Vaccination in Bombay 1869-1873 - 1869-1873
Year: 1869
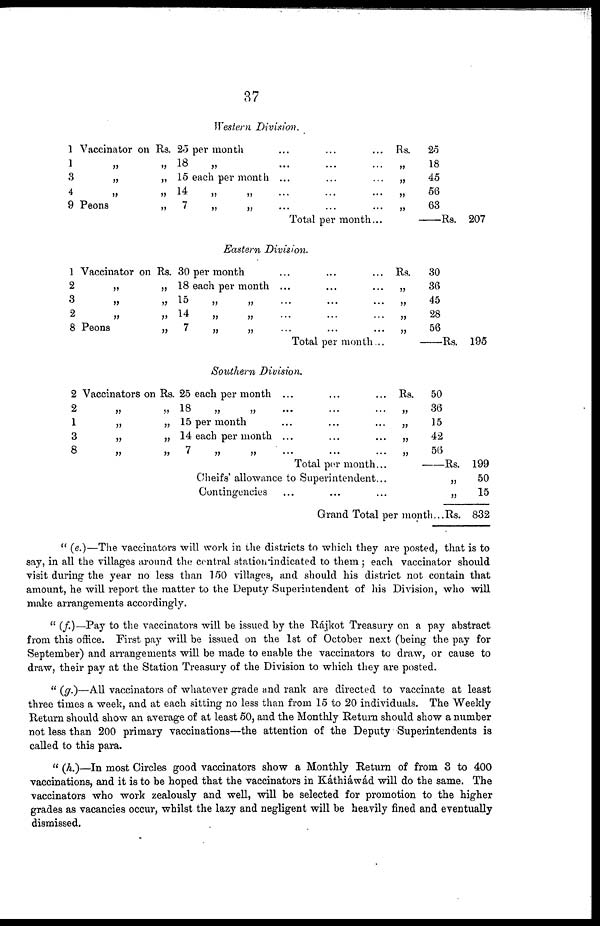
37
Western Division.
1
1
3
4
9
Vaccinator on Rs. 25 per month ... ... ...
„
„ 18
„ ... ... ...
„
„ 15 each per month ... ... ...
„ „ 14 „ „ ... ... ...
Peons
„
7
„
„ ... ... ...
Total per month...
Rs.
„
„
„
„
25
18
45
56
63
—Rs. 207
Eastern Division.
1
2
3
2
8
Vaccinator on Rs. 30 per month
„
„ 18 each per month
„
„ 15
„
„
„ „ 14 „
„
Peons
„
7
„
„
... ... ...
... ... ...
... ... ...
... ... ...
... ... ...
Total per month...
Rs.
„
„
„
„
30
36
45
28
56
—Rs.
195
Southern Division.
2
2
1
3
8
Vaccinators on Rs. 25 each per month ... ... ...
„
„ 18
„
„ ... ... ...
„
„ 15 per month ... ... ...
„
„ 14 each per month ... ... ...
„ „ 7 „ „ ... ... ...
Total per month...
Cheifs' allowance to Superintendent...
Contingencies ... ... ...
Grand Total per month ...
Rs.
„
„
„
„
50
36
15
42
56
—Rs.
„
„
Rs.
199
50
15
832
" (e.)—The vaccinators will work in the districts to which they are posted, that is to
say, in all the villages around the central station indicated to them ; each vaccinator should
visit during the year no less than 150 villages, and should his district not contain that
amount, he will report the matter to the Deputy Superintendent of his Division, who will
make arrangements accordingly.
" (f.)—Pay to the vaccinators will be issued by the Rájkot Treasury on a pay abstract
from this office. First pay will be issued on the 1st of October next (being the pay for
September) and arrangements will be made to enable the vaccinators to draw, or cause to
draw, their pay at the Station Treasury of the Division to which they are posted.
" (g.)—All vaccinators of whatever grade and rank are directed to vaccinate at least
three times a week, and at each sitting no less than from 15 to 20 individuals. The Weekly
Return should show an average of at least 50, and the Monthly Return should show a number
not less than 200 primary vaccinations—the attention of the Deputy Superintendents is
called to this para.
" (h.)—In most Circles good vaccinators show a Monthly Return of from 3 to 400
vaccinations, and it is to be hoped that the vaccinators in Káthiáwád will do the same. The
vaccinators who work zealously and well, will be selected for promotion to the higher
grades as vacancies occur, whilst the lazy and negligent will be heavily fined and eventually
dismissed.